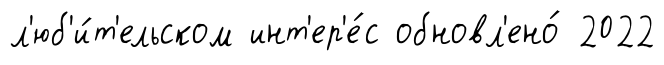
л'юб'и́т'ельском инт'ер'е́с обновл'ено́ 2022